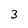
Character: 3